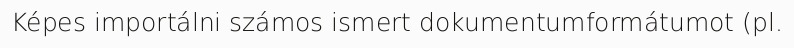
Képes importálni számos ismert dokumentumformátumot (pl.